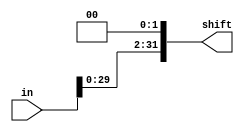
//logic left shift: << 2
module Lshift(
    input   [31:0] in,
    output  [31:0] shift
);
    parameter  z = 2'b00;
    assign shift = {in[29:0], z};
endmodule